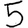
Digit: 5